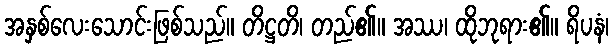
အနှစ်လေးသောင်းဖြစ်သည်။ တိဋ္ဌတိ၊ တည်၏။ အဿ၊ ထိုဘုရား၏။ ရိပနံ၊